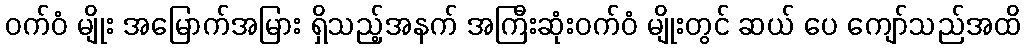
ဝက်ဝံ မျိုး အမြောက်အမြား ရှိသည့်အနက် အကြီးဆုံးဝက်ဝံ မျိုးတွင် ဆယ် ပေ ကျော်သည်အထိ